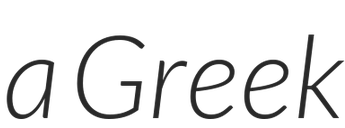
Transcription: a Greek